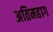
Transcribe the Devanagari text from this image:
अतिमहाग